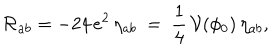
\mathcal { R } _ { a b } = - 2 4 \, e ^ { 2 } \, \eta _ { a b } ~ = ~ \frac { 1 } { 4 } \, \mathcal { V } ( \phi _ { 0 } ) \, \eta _ { a b } ,